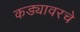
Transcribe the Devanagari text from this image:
कड्यावरचे